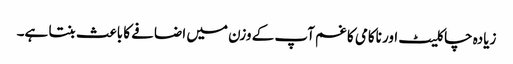
زیادہ چاکلیٹ اور ناکامی کا غم آپ کے وزن میں اضافے کا باعث بنتا ہے۔